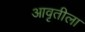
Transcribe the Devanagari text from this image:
आवृतीला